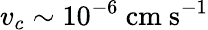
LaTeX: v_{c}\sim 10^{-6}\ \mathrm{cm\ s^{-1}}